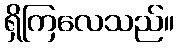
ရှိကြလေသည်။